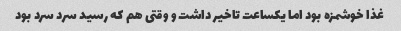
غذا خوشمزه بود اما یکساعت تاخیر داشت و وقتی هم که رسید سرد سرد بود